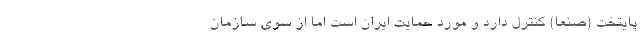
پایتخت (صنعا) کنترل دارد و مورد حمایت ایران است اما از سوی سازمان